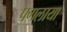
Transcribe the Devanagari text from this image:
पगलाया